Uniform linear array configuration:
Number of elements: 4
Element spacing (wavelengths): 1
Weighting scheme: uniform
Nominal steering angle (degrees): -60
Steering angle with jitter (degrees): -58.816
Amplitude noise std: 0.05
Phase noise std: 0.05

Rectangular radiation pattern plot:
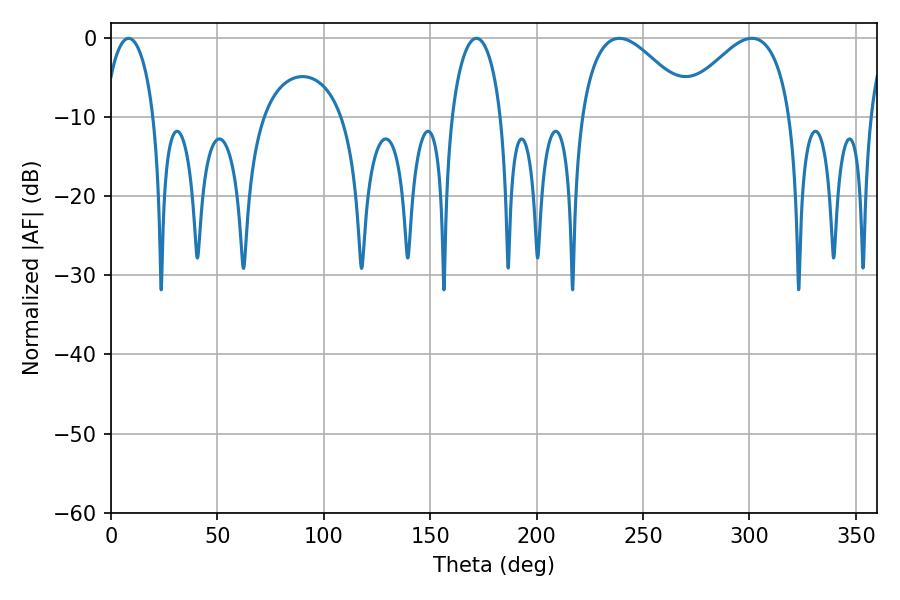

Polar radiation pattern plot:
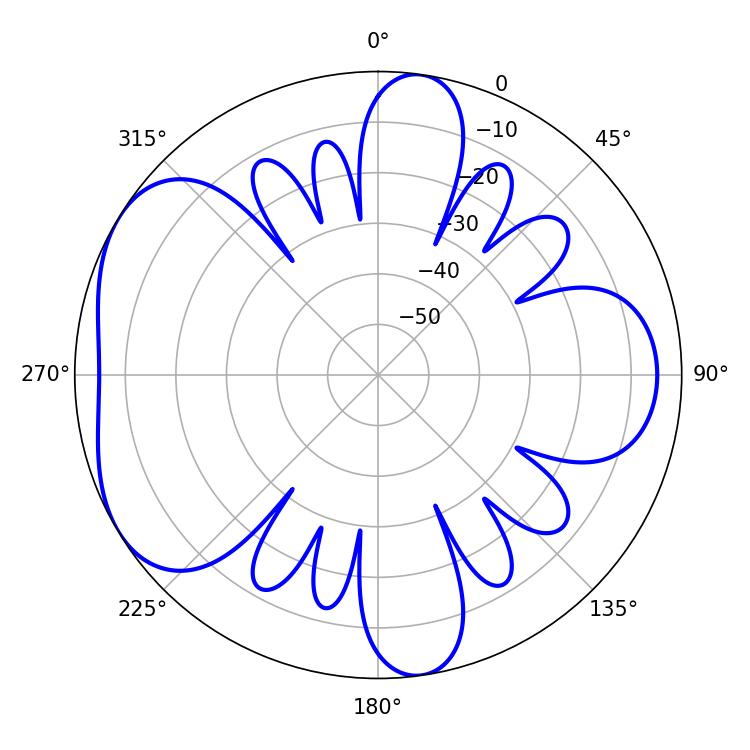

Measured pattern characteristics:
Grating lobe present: TRUE
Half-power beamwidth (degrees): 28.44
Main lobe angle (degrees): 238.86